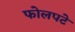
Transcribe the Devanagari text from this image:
फोलपटे